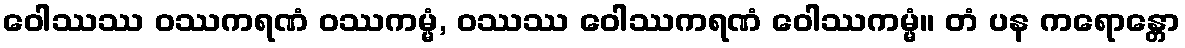
ဝေါဿဿ ဝဿကရဏံ ဝဿကမ္မံ, ဝဿဿ ဝေါဿကရဏံ ဝေါဿကမ္မံ။ တံ ပန ကရောန္တော